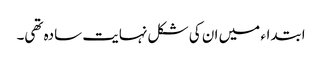
ابتداء میں ان کی شکل نہایت سادہ تھی۔